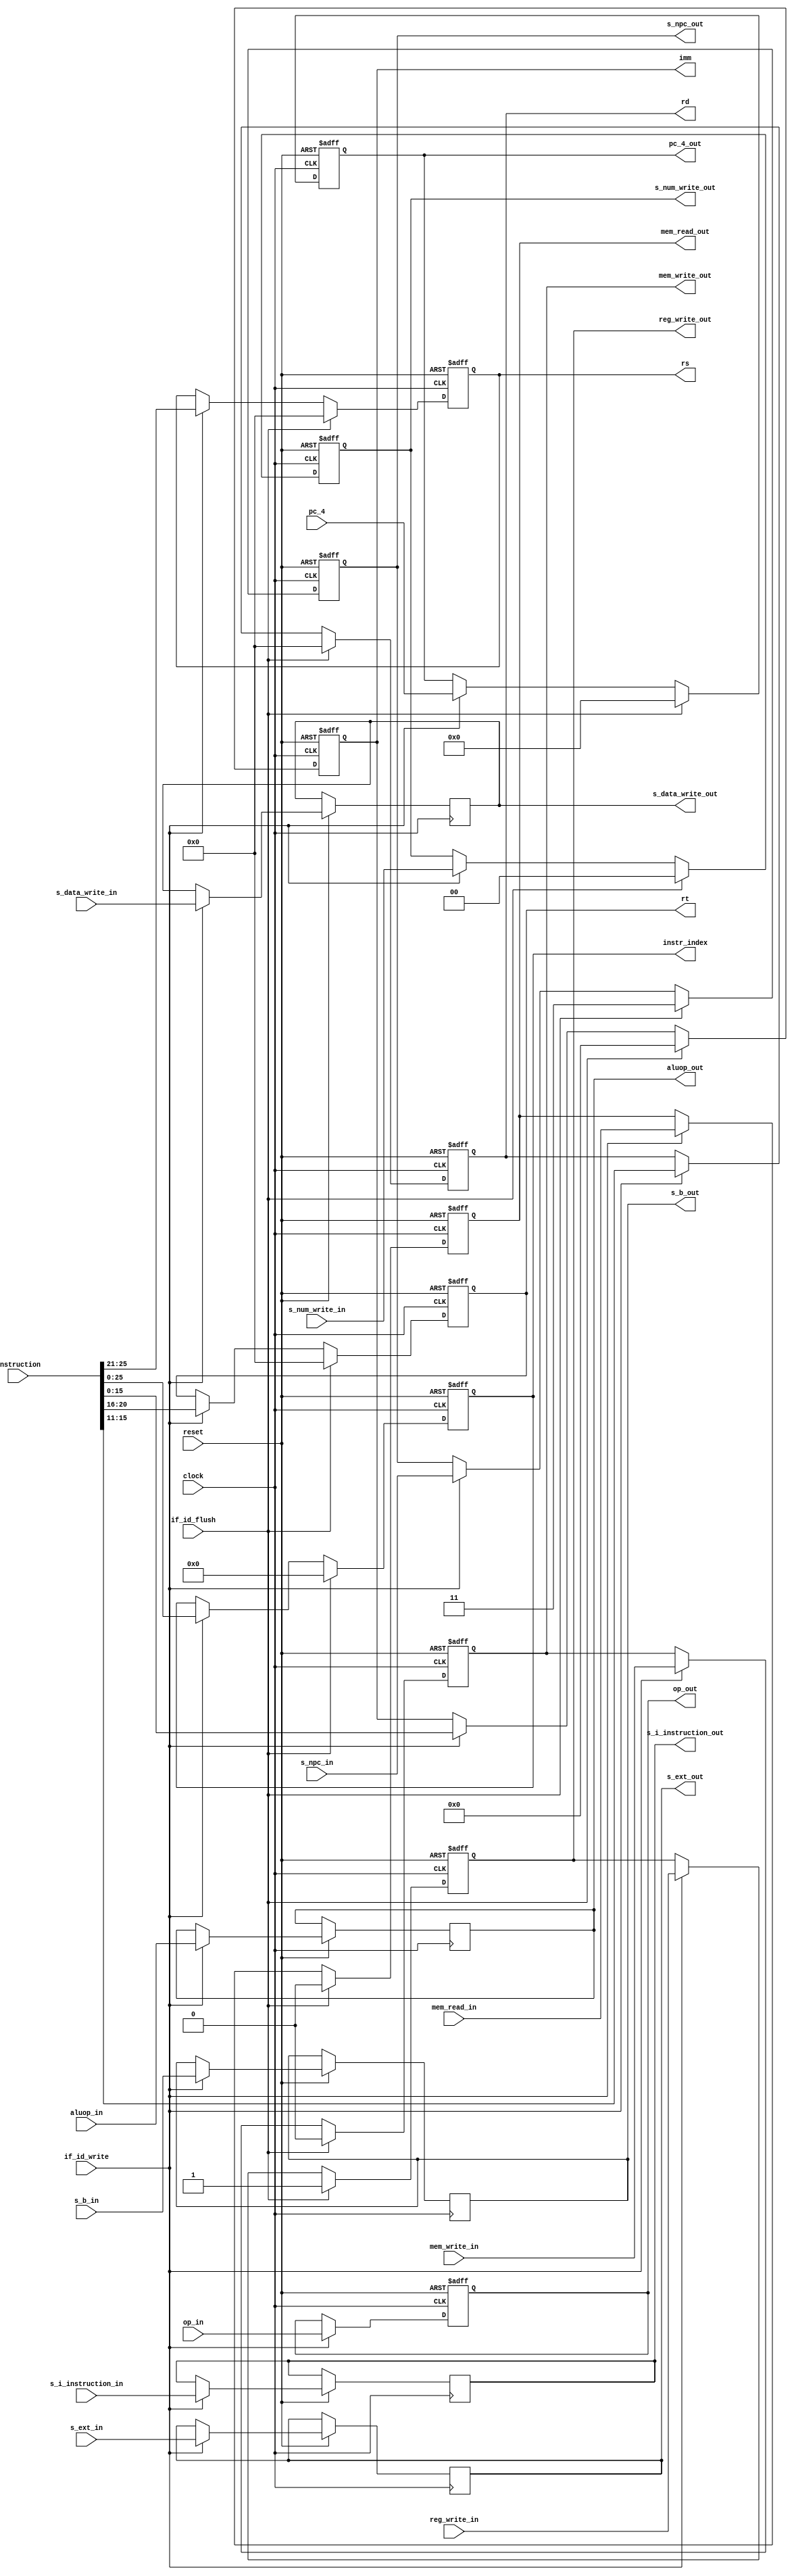
module if_id (
            input clock,
            input reset,
            input if_id_write,
            input if_id_flush,
            input s_b_in,
            input [31:0] pc_4,
            input [1:0] s_npc_in,
            input reg_write_in,
            input s_ext_in,
            input [1:0] s_num_write_in,
            input [1:0] s_data_write_in,
            input mem_write_in,
            input mem_read_in,
            input [3:0] aluop_in,
            input [31:0] instruction,
            input s_i_instruction_in,
            input [5:0] op_in,
            output reg [5:0] op_out,
            output reg s_i_instruction_out,
            output reg [1:0] s_npc_out,
            output reg mem_read_out,
            output reg reg_write_out,
            output reg s_ext_out,
            output reg [1:0] s_num_write_out,
            output reg [1:0] s_data_write_out,
            output reg mem_write_out,
            output reg [3:0] aluop_out,
            output reg s_b_out,
            output reg [31:0] pc_4_out,
            output reg [15:0] imm,
            output reg [25:0] instr_index,
            output reg [4:0] rs,
            output reg [4:0] rd,
            output reg [4:0] rt
              );
always@(posedge clock , negedge reset)
begin
    if (!reset)
        begin
            pc_4_out <= 32'h0000_0000;
            imm <= 16'h0000;
            instr_index <= {26{1'b0}};
            rs <= 5'b00000;
            rt <= 5'b00000;
            rd <= 5'b00000;
            mem_read_out <= 0;
            s_npc_out <= 2'b11;
            reg_write_out <=1;
            mem_write_out <= 0;
            s_num_write_out <= 2'b00;
            op_out <= 0;
        end
    else
        begin
            if(if_id_write)
                begin
                    s_npc_out        <= s_npc_in;
                    mem_read_out     <= mem_read_in;
                    aluop_out        <=aluop_in;
                    op_out           <= op_in;
                    s_b_out          <=s_b_in;
                    reg_write_out    <= reg_write_in;
                    s_ext_out        <=s_ext_in;
                    s_num_write_out  <=s_num_write_in;
                    s_data_write_out <=s_data_write_in;
                    mem_write_out    <=mem_write_in;
                    pc_4_out         <= pc_4;
                    imm              <= instruction[15:0];
                    instr_index      <= instruction[25:0];
                    rs               <= instruction[25:21];
                    rt               <= instruction[20:16];
                    rd               <= instruction[15:11];
                    s_i_instruction_out<=s_i_instruction_in;
                end
            if(if_id_flush)
                begin
                    pc_4_out <= 32'h0000_0000;
                    imm <= 16'h0000;
                    instr_index <= {26{1'b0}};
                    rs <= 5'b00000;
                    rt <= 5'b00000;
                    rd <= 5'b00000;
                    mem_read_out <= 0;
                    s_npc_out <= 2'b11;
                    // s_npc_out        <= s_npc_in;
                    reg_write_out <= 1;
                    mem_write_out <= 0;
                    s_num_write_out <= 2'b00;
                end
        end
end

endmodule //if_i